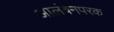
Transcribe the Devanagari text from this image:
आलंबनपरक